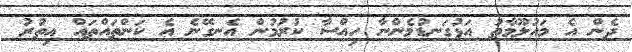
ދެން އެ މައުލޫމާތު އަޅުގަނޑުމެންނާ ހިއްސާ ކުރުމުން އެނގޭނެ އެ ކަންތައްތައް އިތުރު